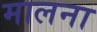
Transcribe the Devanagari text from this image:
मालना